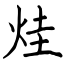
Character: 烓